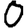
Digit: 0